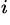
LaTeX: ^{i}